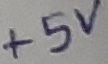
Text: +5V